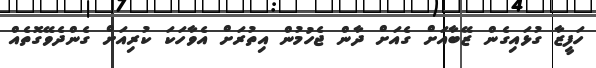
ހަފީޒާ ގުޅައިގެން ޒޭބާއަށް ގެއަށް ދާން ޖެހުމުން އިތުރަށް އެވާހަކަ ކުރިއަށް ގެންދެވޭގޮތެއް